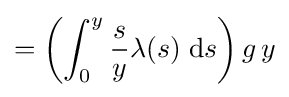
=\left(\int _{0}^{y}{\frac {s}{y}}\lambda (s)\;\mathrm {d} s\right)g\,y